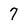
Character: 7